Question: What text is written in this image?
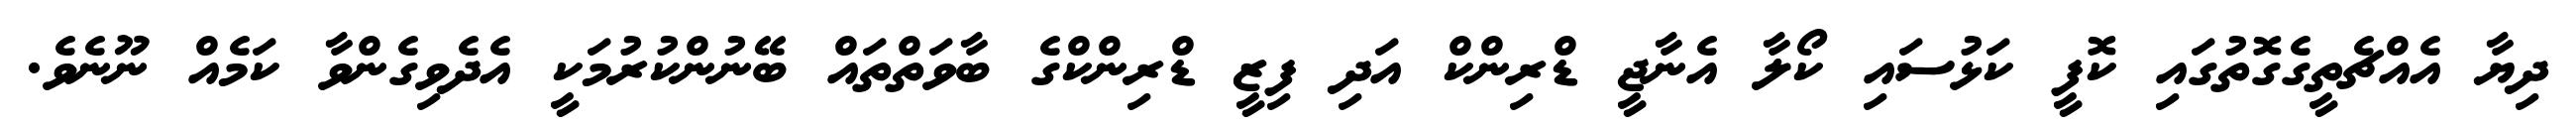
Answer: ދިޔާ އެއްޗެތީގެގޮތުގައި ކޮފީ ކަޅުސައި ކޯލާ އެނާޖީ ޑްރިންކް އަދި ފިޒީ ޑްރިންކްގެ ބާވަތްތައް ބޭނުންކުރުމަކީ އެދެވިގެންވާ ކަމެއް ނޫނެވެ.